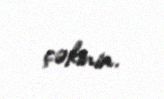
çəkinin.